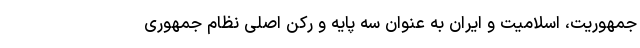
جمهوریت، اسلامیت و ایران به عنوان سه پایه و رکن اصلی نظام جمهوری